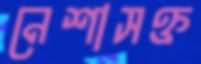
নেশাসক্ত